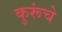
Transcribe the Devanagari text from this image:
कुरूंचे